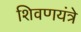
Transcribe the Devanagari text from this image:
शिवणयंत्रे